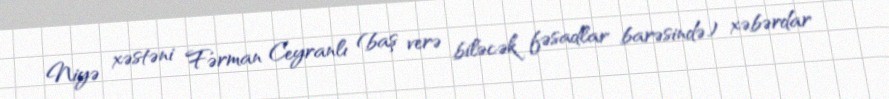
Niyə xəstəni Fərman Ceyranlı (baş verə biləcək fəsadlar barəsində) xəbərdar